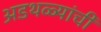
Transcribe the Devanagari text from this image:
अडथळ्यांची